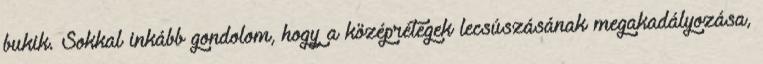
bukik. Sokkal inkább gondolom, hogy a középrétegek lecsúszásának megakadályozása,